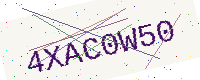
Text: 4XAC0W50